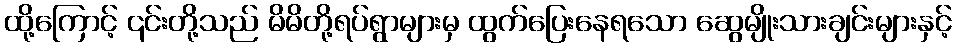
ထို့ကြောင့် ၎င်းတို့သည် မိမိတို့ရပ်ရွာများမှ ထွက်ပြေးနေရသော ဆွေမျိုးသားချင်းများနှင့်